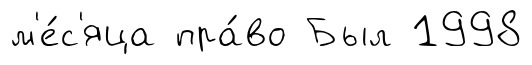
м'е́с'яца пра́во Был 1998